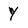
Character: Y